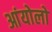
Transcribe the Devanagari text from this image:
आंयोलो